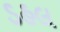
ડહલ